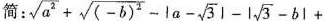
简: \sqrt{a^{2}}+ \sqrt{(-b)^{2}}-|a- \sqrt{3}|-| \sqrt{3}-b|+